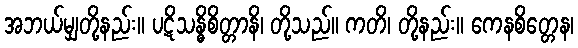
အဘယ်မျှတို့နည်း။ ပဋိသန္ဓိစိတ္တာနိ၊ တို့သည်။ ကတိ၊ တို့နည်း။ ကေနစိတ္တေန၊